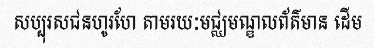
សប្បុរសជនហូរហែ តាមរយៈមជ្ឈមណ្ឌលព័ត៌មាន ដើម